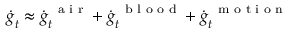
\dot { \boldsymbol g } _ { t } \approx \dot { \boldsymbol g } _ { t } ^ { \mathrm { ~ \scriptsize ~ a ~ i ~ r ~ } } + \dot { \boldsymbol g } _ { t } ^ { \mathrm { ~ \scriptsize ~ b ~ l ~ o ~ o ~ d ~ } } + \dot { \boldsymbol g } _ { t } ^ { \mathrm { ~ \scriptsize ~ m ~ o ~ t ~ i ~ o ~ n ~ } }